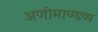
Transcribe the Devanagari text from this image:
अणीमाण्डव्य